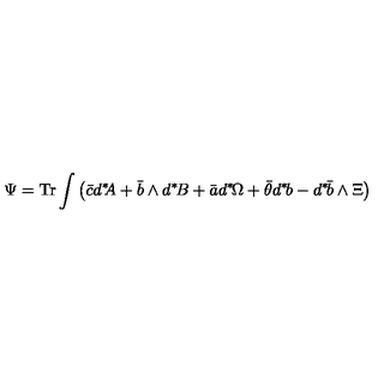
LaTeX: \Psi = \mathrm { T r } \int \left( \bar { c } d ^ { \ast } \! \! A + \bar { b } \wedge d ^ { \ast } \! B + \bar { a } d ^ { \ast } \! \Omega + \bar { \theta } d ^ { \ast } \! b - d ^ { \ast } \! \bar { b } \wedge \Xi \right)